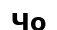
Чо